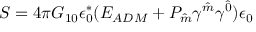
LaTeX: { \cal S } = 4 \pi G _ { 1 0 } \epsilon _ { 0 } ^ { \ast } ( E _ { A D M } + P _ { \hat { m } } \gamma ^ { \hat { m } } \gamma ^ { \hat { 0 } } ) \epsilon _ { 0 }